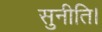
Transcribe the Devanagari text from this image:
सुनीति।